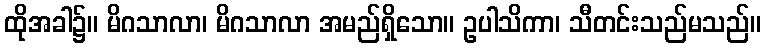
ထိုအခါ၌။ မိဂသာလာ၊ မိဂသာလာ အမည်ရှိသော။ ဥပါသိကာ၊ သီတင်းသည်မသည်။